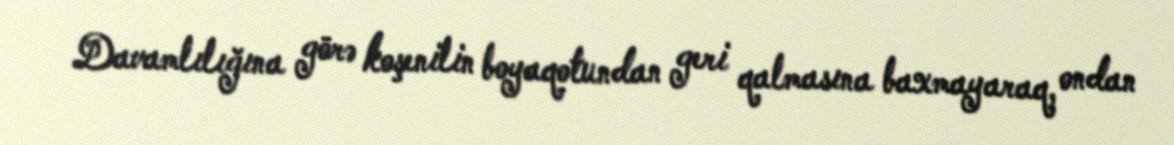
Davamlılığına görə koşenilin boyaqotundan geri qalmasına baxmayaraq, ondan